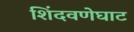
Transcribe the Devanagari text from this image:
शिंदवणेघाट